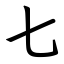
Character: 七